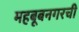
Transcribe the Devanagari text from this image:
महबूबनगरची